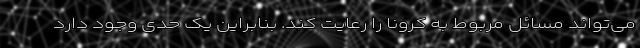
می‌تواند مسائل مربوط به کرونا را رعایت کند. بنابراین یک حدی وجود دارد